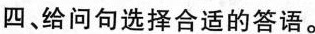
四、给问句选择合适的答语.